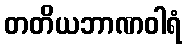
တတိယဘာဏဝါရံ